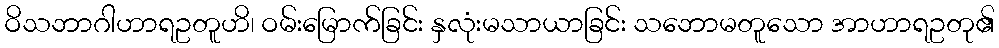
ဝိသဘာဂါဟာရဥတူဟိ၊ ဝမ်းမြောက်ခြင်း နှလုံးမသာယာခြင်း သဘောမတူသော အာဟာရဥတု၏